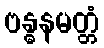
ဗန္ဓနမတ္တံ